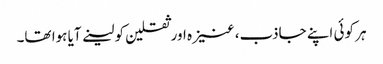
ہر کوئی اپنے جاذب، عنیزہ اور ثقلین کو لینے آیا ہوا تھا۔